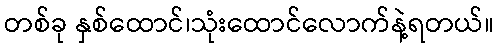
တစ်ခု နှစ်ထောင်၊သုံးထောင်လောက်နဲ့ရတယ်။